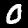
Label: 0